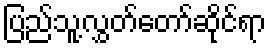
ပြည်သူ့လွှတ်တော်ဆိုင်ရာ